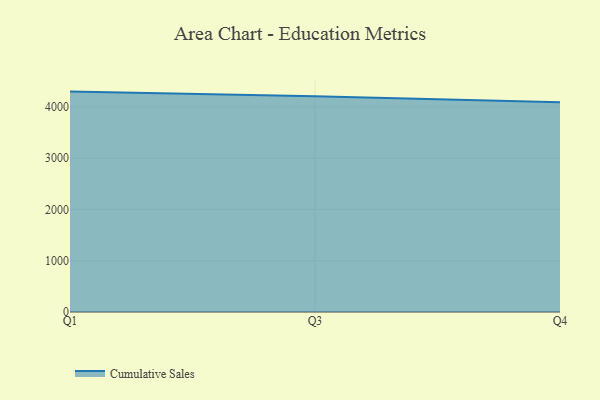
{"axis": {"x": "Quarter", "y": "Satisfaction Score"}, "legend": ["Cumulative Sales"], "data": [{"x": "Q1", "y": 4300.0, "type": "Cumulative Sales"}, {"x": "Q3", "y": 4208.6, "type": "Cumulative Sales"}, {"x": "Q4", "y": 4093.7, "type": "Cumulative Sales"}]}